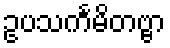
ဥပသင်္ကမိတဗ္ဗာ